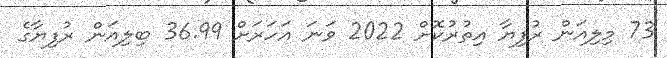
73 މިލިއަން ރުފިޔާ އިތުރުކޮށް 2022 ވަނަ އަހަރަށް 36.99 ބިލިއަން ރުފިޔާގެ